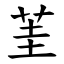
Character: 茥